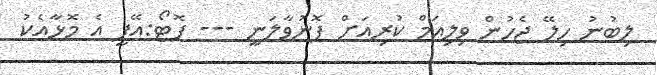
ލިބުނު ހިލޭ ޖެހުން ވިލިއަމް ކުރިއަށް ފޮނުވާލަނީ --- ފޮޓޯ:އޭޕީ އެ މޮޅާއެކު